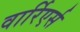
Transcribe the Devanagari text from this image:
वार्रिएर्स